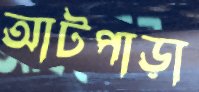
আটপাড়া